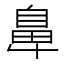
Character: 𮮴